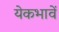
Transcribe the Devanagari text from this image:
येकभावें